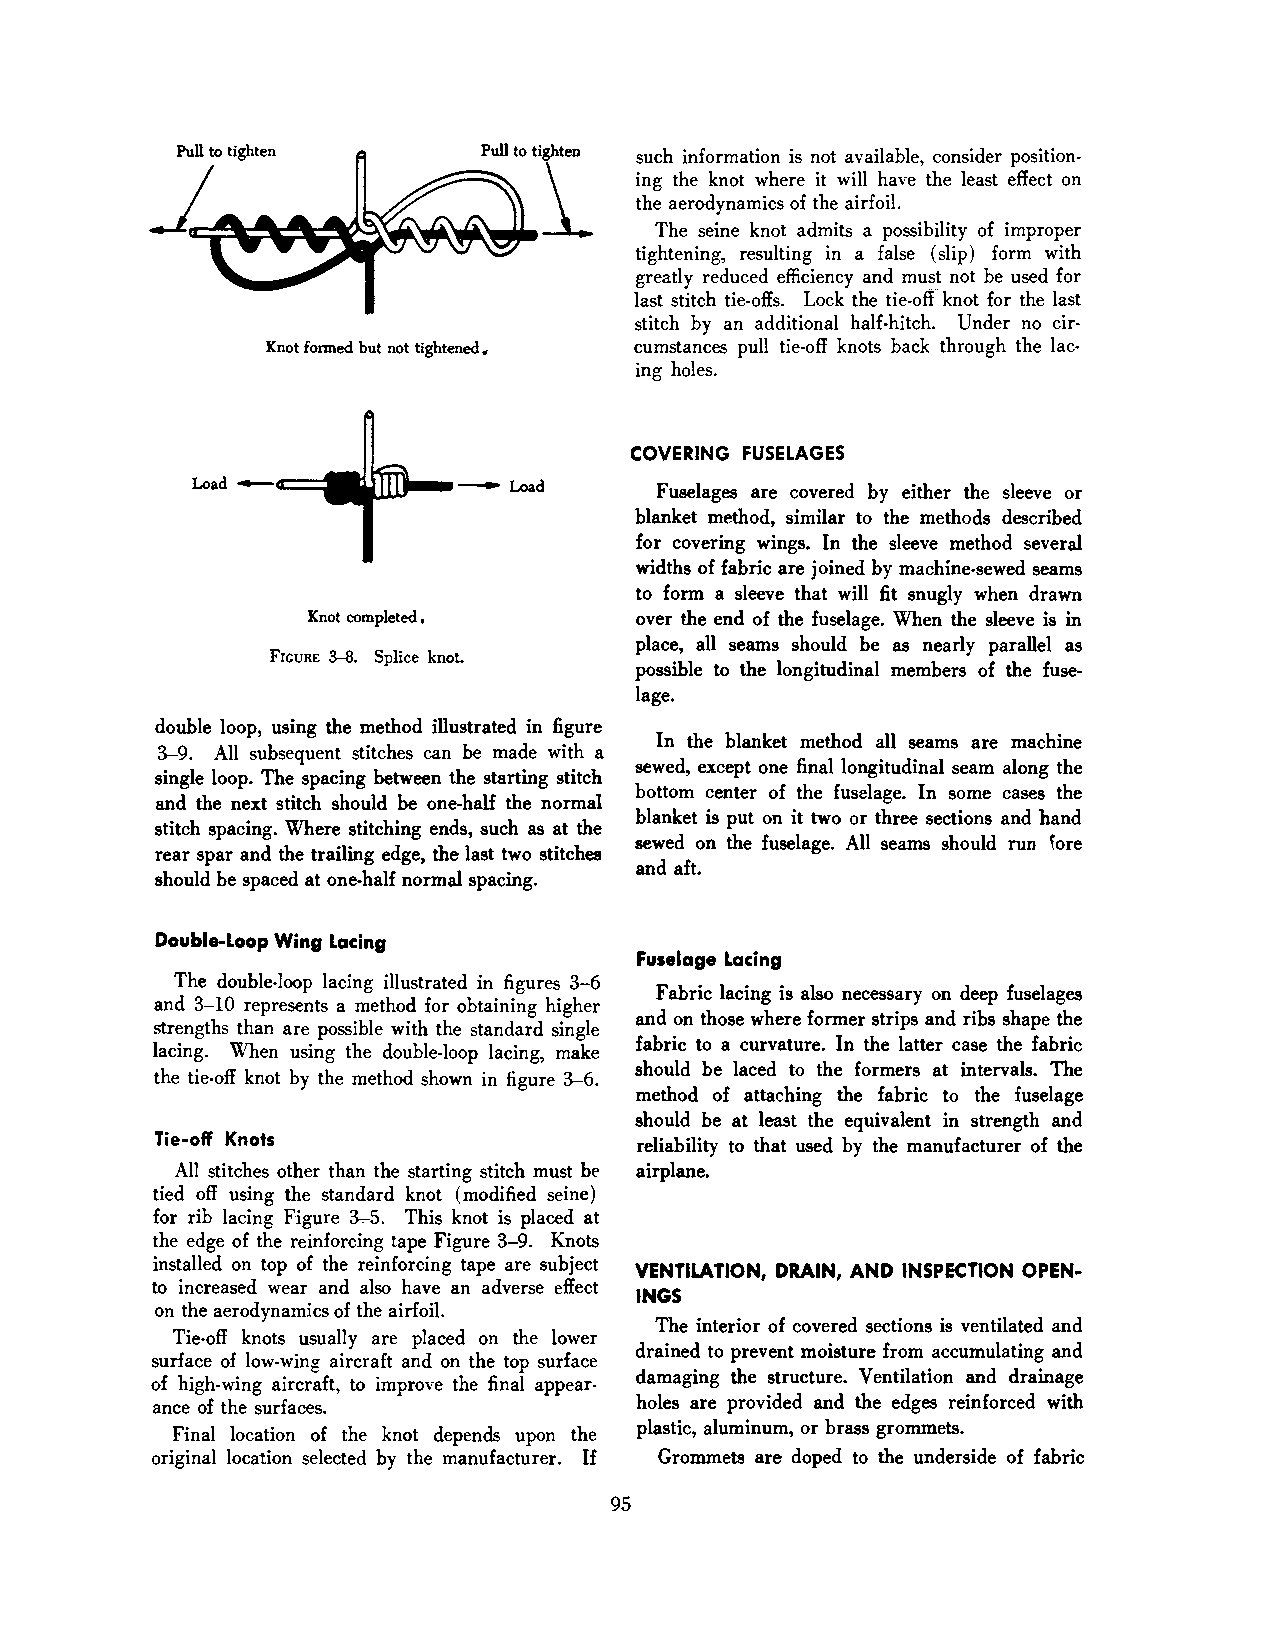
such information is not available, consider position·
 ing the knot where it will have the least effect on
 the aerodynamics of the airfoil.
 The seine knot admits a possibility of improper
 tightening, resulting in a false (slip) form with
 greatly reduced efficiency and must not be used for
 last stitch tie-offs. Lock the tie-oft knot for the last
 stitch by an additional half·hitch. Under no cir·
 Knot fonned but not tightened. cumstances pull tie-off knots back through the lac
 ing holes.
 COVERING FUSELAGES
 Fuselages are covered by either the sleeve or
 blanket method, similar to the methods described
 for covering wings. In the sleeve method several
 widths of fabric are joined by machine-sewed seams
 to form a sleeve that will fit snugly when drawn
 Knot completed ,     over the end of the fuselage. When the sleeve is in
 place, all seams should be as nearly parallel as
 FIGURE 3-8. Splice knot.
 possible to the longitudinal members of the fuse
 lage.
 double loop, using the method illustrated in figure
 In the blanket method all seams are machine
 3-9. All subsequent stitches can be made with a
 sewed, except one final longitudinal seam along the
 single loop. The spacing between the starting stitch
 bottom center of the fuselage. In some cases the
 and the next stitch should be one-half the normal
 blanket is put on it two or three sections and hand
 stitch spacing. Where stitching ends, such as at the
 sewed on the fuselage. All seams should run ~ore
 rear spar and the trailing edge, the last two stitches
 and aft.
 should be spaced at one-half normal spacing.
 Double-Loop Wing Locing
 Fuselage Locing
 The double-loop lacing illustrated in figures 3-6
 Fabric lacing is also necessary on deep fuselages
 and 3-10 represents a method for obtaining higher
 and on those where former strips and ribs shape the
 strengths than are possible with the standard single
 fabric to a curvature. In the latter case the fabric
 lacing. When using the double-loop lacing, make
 should be laced to the formers at intervals. The
 the tie-off knot by the method shown in figure 3-6.
 method of attaching the fabric to the fuselage
 should be at least the equivalent in strength and
 Tie-off Knots
 reliability to that used by the manufacturer of the
 All stitches other than the starting stitch must bE' airplane.
 tied off using the standard knot (modified seine)
 for rib lacing Figure 3.,..5. This knot is placed at
 the edge of the reinforcing tape Figure 3-9. Knots
 installed on top of the reinforcing tape are subject
 VENTILATION, DRAIN, AND INSPECTION OPEN·
 to increased wear and also have an adverse effect
 INGS
 on the aerodynamics of the airfoil.
 The interior of covered sections is ventilated and
 Tie-off knots usually are placed on the lower
 drained to prevent moisture from accumulating and
 surface of low-wing aircraft and on the top surface
 damaging the structure. Ventilation and drainage
 of high-wing aircraft, to improve the final appear·
 ance of the surfaces.           holes are provided and the edges reinforced with
 plastic, aluminum, or brass grommets.
 Final location of the knot depends upon the
 original location selected by the manufacturer. If Grommets are doped to the underside of fabric
 95